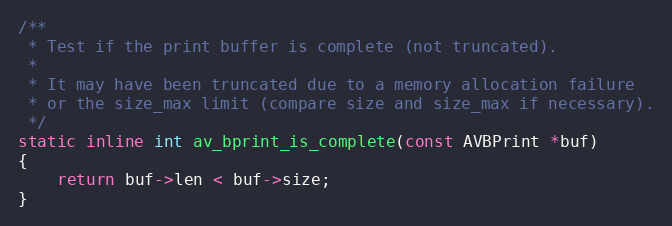
Language: C
/**
 * Test if the print buffer is complete (not truncated).
 *
 * It may have been truncated due to a memory allocation failure
 * or the size_max limit (compare size and size_max if necessary).
 */
static inline int av_bprint_is_complete(const AVBPrint *buf)
{
    return buf->len < buf->size;
}